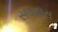
સવદાસ